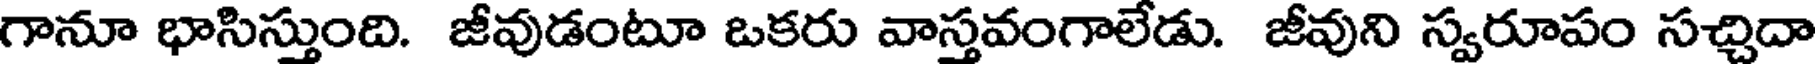
గానూ భాసిస్తుంది. జీవుడంటూ ఒకరు వాస్తవంగాలేడు. జీవుని స్వరూపం సచ్చిదా